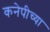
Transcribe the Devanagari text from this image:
कनेपीच्या